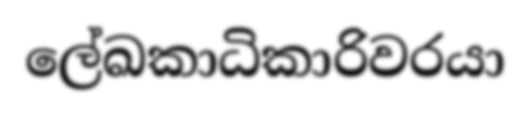
ලේඛකාධිකාරිවරයා